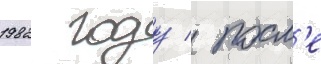
1982 году / посл'е